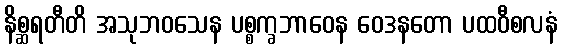
နိစ္ဆရတီတိ အသုဘဝသေန ပစ္စက္ခဘာဝေန ဝေဒနတော ပထဝီစလနံ